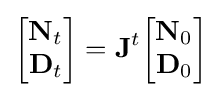
{\begin{bmatrix}\mathbf {N} _{t}\\\mathbf {D} _{t}\end{bmatrix}}=\mathbf {J} ^{t}{\begin{bmatrix}\mathbf {N} _{0}\\\mathbf {D} _{0}\end{bmatrix}}